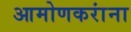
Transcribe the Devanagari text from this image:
आमोणकरांना